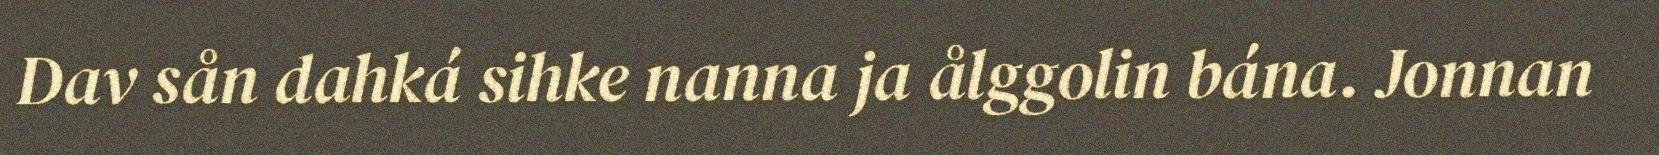
Dav sån dahká sihke nanna ja ålggolin bána. Jonnan